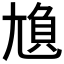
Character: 𡯿